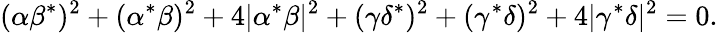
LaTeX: (\alpha\beta^{*})^{2}+(\alpha^{*}\beta)^{2}+4\lvert\alpha^{*}\beta\rvert^{2}+(\gamma\delta^{*})^{2}+(\gamma^{*}\delta)^{2}+4\lvert\gamma^{*}\delta\rvert^{2}=0.